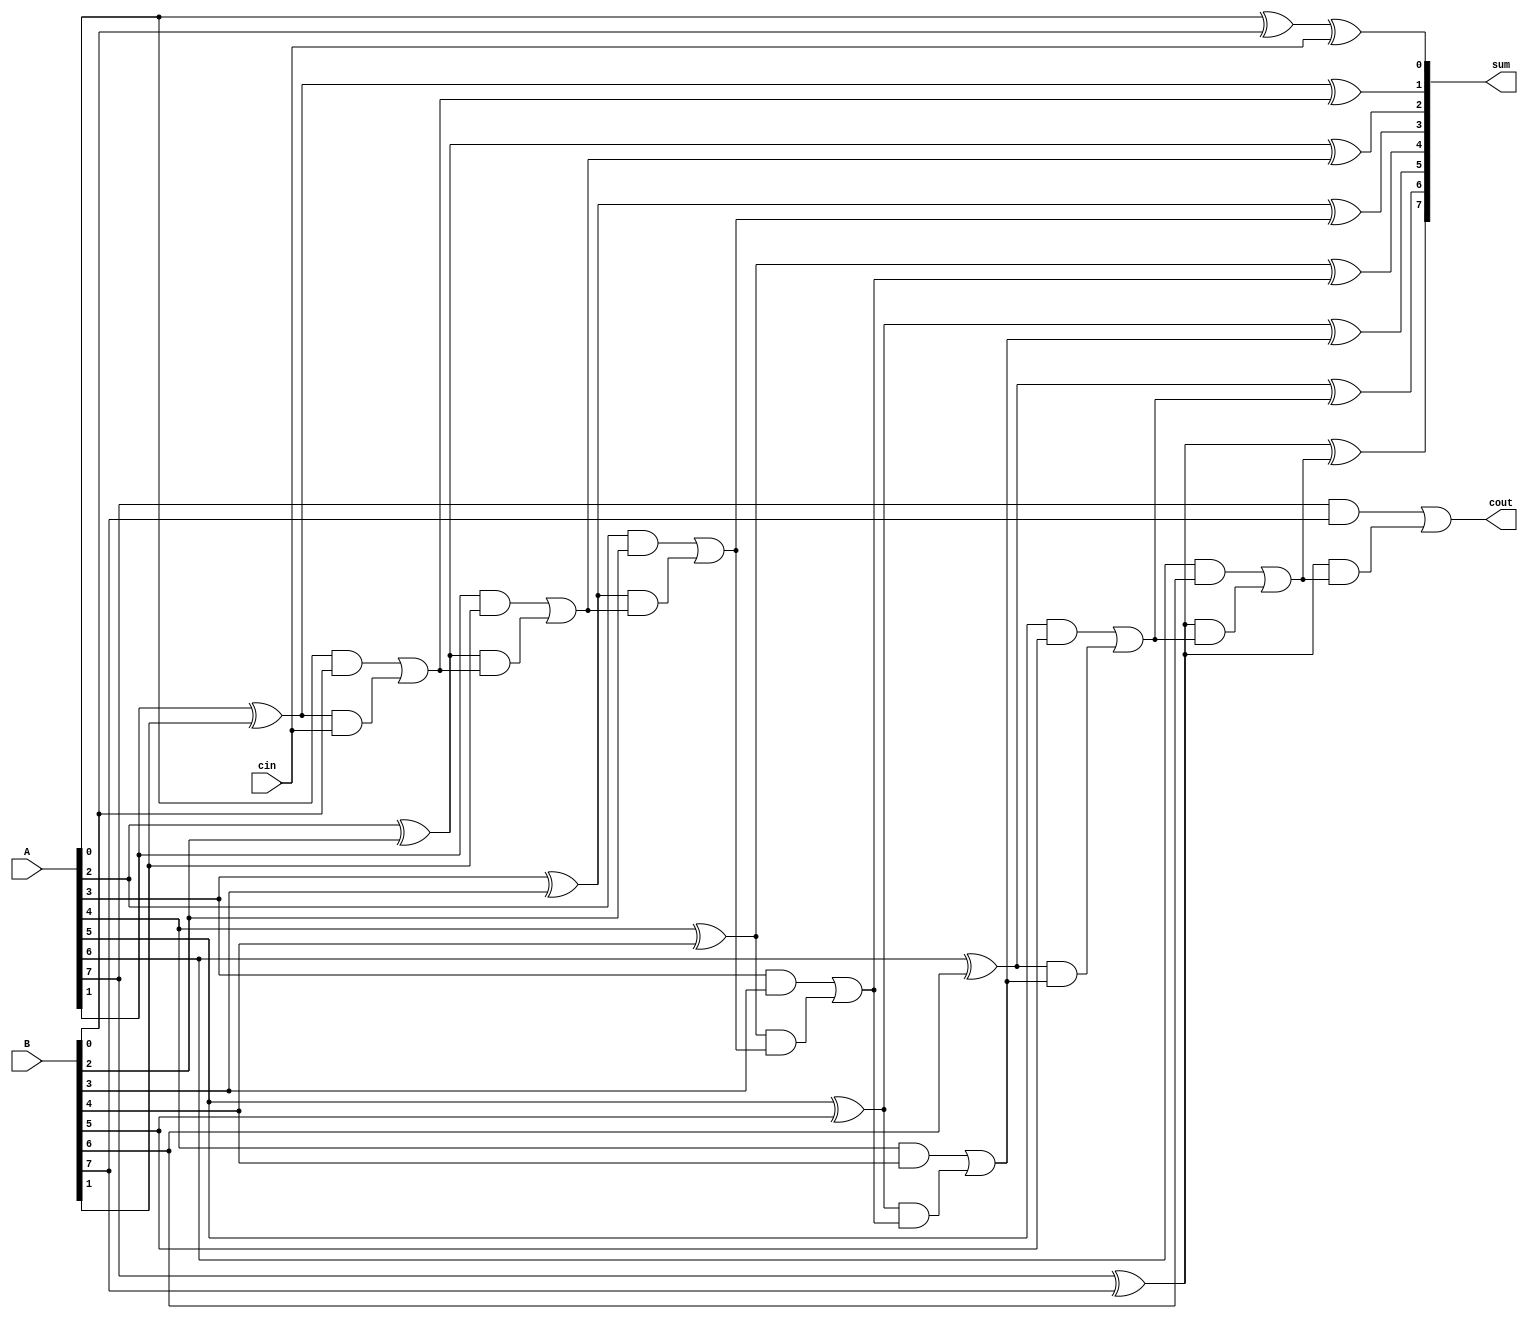
module carry_lookahead_adder (
    input [7:0] A,
    input [7:0] B,
    input cin,
    output [7:0] sum,
    output cout
);

wire [7:0] p, g;
wire [7:0] c;

assign p[0] = A[0] ^ B[0];
assign g[0] = A[0] & B[0];
assign c[0] = cin;

genvar i;
generate
    for (i = 1; i < 8; i = i + 1) begin
        assign p[i] = A[i] ^ B[i];
        assign g[i] = A[i] & B[i];
        assign c[i] = g[i-1] | (p[i] & c[i-1]);
    end
endgenerate

assign sum[0] = p[0] ^ cin;
assign cout = g[7] | (p[7] & c[7]);

generate
    for (i = 1; i < 8; i = i + 1) begin
        assign sum[i] = p[i] ^ c[i];
    end
endgenerate

endmodule